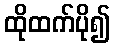
ထိုထက်ပို၍